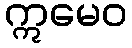
ဣမေဝ